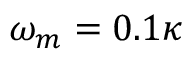
\omega _ { m } = 0 . 1 \kappa